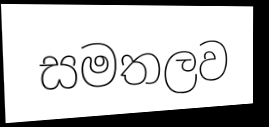
සමතලව